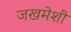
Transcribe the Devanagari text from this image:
जखमेशी